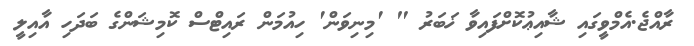
ރާއްޖެ.އެމްވީގައި ޝާއިޢުކޮށްފައިވާ ޚަބަރު " 'މިނިވަން' ހިއުމަން ރައިޓްސް ކޮމިޝަންގެ ބަދަހި އާއިލީ